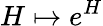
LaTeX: H\mapsto e^{H}